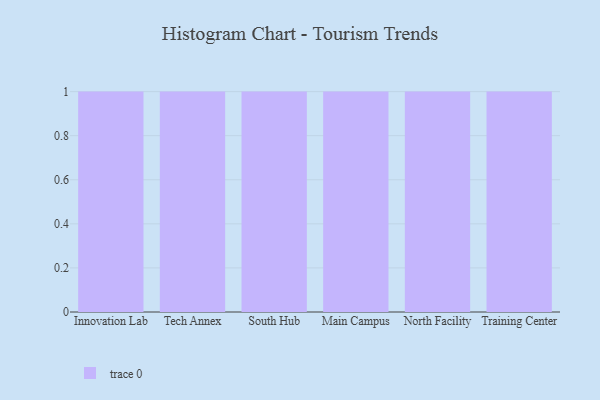
{"axis": {"x": "Campus", "y": "Website Visitors"}, "legend": [""], "data": [{"x": "Innovation Lab", "y": 89, "type": ""}, {"x": "Tech Annex", "y": 52, "type": ""}, {"x": "South Hub", "y": 84, "type": ""}, {"x": "Main Campus", "y": 61, "type": ""}, {"x": "North Facility", "y": 26, "type": ""}, {"x": "Training Center", "y": 34, "type": ""}]}